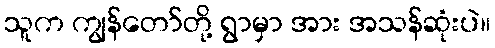
သူက ကျွန်တော်တို့ ရွာမှာ အား အသန်ဆုံးပဲ။